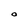
Character: O